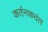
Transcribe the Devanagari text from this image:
कर्तनकदंत